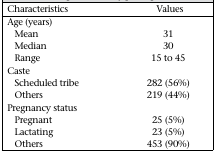
| Characteristics | Values |
 | --- | --- |
 | <COLSPAN=2> Age (years) |
 | Mean | 31 |
 | Median | 30 |
 | Range | 15 to 45 |
 | <COLSPAN=2> Caste |
 | Scheduled tribe | 282 (56%) |
 | Others | 219 (44%) |
 | <COLSPAN=2> Pregnancy status |
 | Pregnant | 25 (5%) |
 | Lactating | 23 (5%) |
 | Others | 453 (90%) |